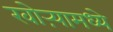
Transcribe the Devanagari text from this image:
खोऱ्यामध्ये